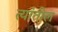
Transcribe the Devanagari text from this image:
त्‍यांतील